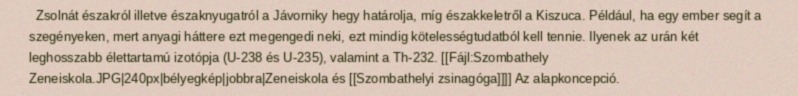
Zsolnát északról illetve északnyugatról a Jávorniky hegy határolja, míg északkeletről a Kiszuca. Például, ha egy ember segít a szegényeken, mert anyagi háttere ezt megengedi neki, ezt mindig kötelességtudatból kell tennie. Ilyenek az urán két leghosszabb élettartamú izotópja (U-238 és U-235), valamint a Th-232. [[Fájl:Szombathely Zeneiskola.JPG|240px|bélyegkép|jobbra|Zeneiskola és [[Szombathelyi zsinagóga]]]] Az alapkoncepció.